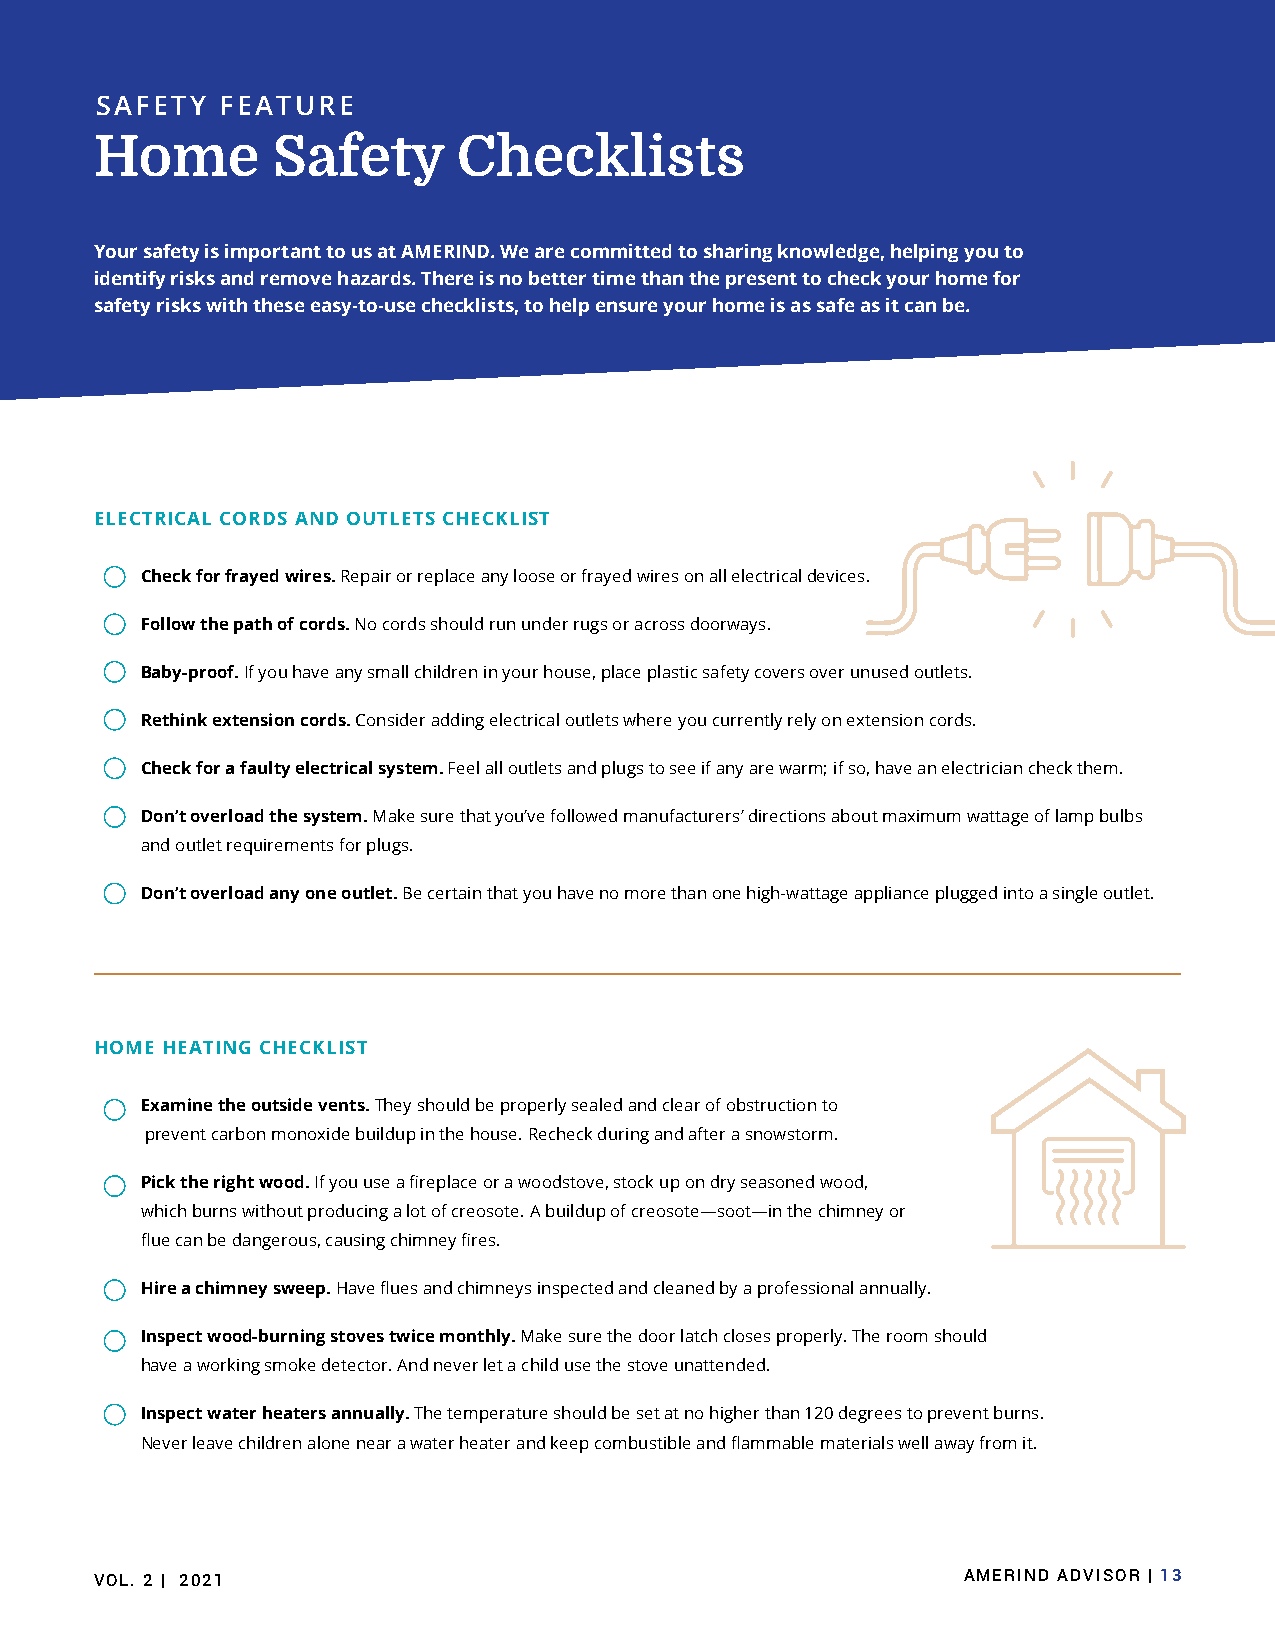
SAFETY   FEATURE
 Home        Safety      Checklists
 Your safety is important to us at AMERIND. We are committed to sharing knowledge, helping you to
 identify risks and remove hazards. There is no better time than the present to check your home for
 safety risks with these easy-to-use checklists, to help ensure your home is as safe as it can be.
 ELECTRICAL CORDS AND OUTLETS CHECKLIST
 Check for frayed wires. Repair or replace any loose or frayed wires on all electrical devices.
 Follow the path of cords. No cords should run under rugs or across doorways.
 Baby-proof. If you have any small children in your house, place plastic safety covers over unused outlets.
 Rethink extension cords. Consider adding electrical outlets where you currently rely on extension cords.
 Check for a faulty electrical system. Feel all outlets and plugs to see if any are warm; if so, have an electrician check them.
 Don’t overload the system. Make sure that you’ve followed manufacturers’ directions about maximum wattage of lamp bulbs
 and outlet requirements for plugs.
 Don’t overload any one outlet. Be certain that you have no more than one high-wattage appliance plugged into a single outlet.
 HOME HEATING CHECKLIST
 Examine the outside vents. They should be properly sealed and clear of obstruction to
 prevent carbon monoxide buildup in the house. Recheck during and after a snowstorm.
 Pick the right wood. If you use a fireplace or a woodstove, stock up on dry seasoned wood,
 which burns without producing a lot of creosote. A buildup of creosote—soot—in the chimney or
 flue can be dangerous, causing chimney fires.
 Hire a chimney sweep. Have flues and chimneys inspected and cleaned by a professional annually.
 Inspect wood-burning stoves twice monthly. Make sure the door latch closes properly. The room should
 have a working smoke detector. And never let a child use the stove unattended.
 Inspect water heaters annually. The temperature should be set at no higher than 120 degrees to prevent burns.
 Never leave children alone near a water heater and keep combustible and flammable materials well away from it.
 VOL. 2 | 2021                                             AMERIND ADVISOR | 13